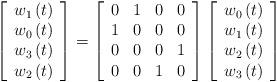
LaTeX: \begin{align*}\left[ \begin{array}{c}w_{1}\left( t\right) \\ w_{0}\left( t\right) \\ w_{3}\left( t\right) \\ w_{2}\left( t\right)\end{array}\right] =\left[ \begin{array}{cccc}0 & 1 & 0 & 0 \\ 1 & 0 & 0 & 0 \\ 0 & 0 & 0 & 1 \\ 0 & 0 & 1 & 0\end{array}\right] \left[ \begin{array}{c}w_{0}\left( t\right) \\ w_{1}\left( t\right) \\ w_{2}\left( t\right) \\ w_{3}\left( t\right)\end{array}\right] \end{align*}